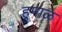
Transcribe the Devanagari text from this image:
हुमाळ